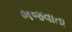
ભજવાતા